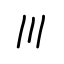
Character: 〣